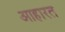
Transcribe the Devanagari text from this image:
आहारत